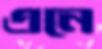
এনে